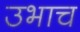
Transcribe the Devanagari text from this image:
उभाच